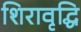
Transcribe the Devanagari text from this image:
शिरावृद्धि